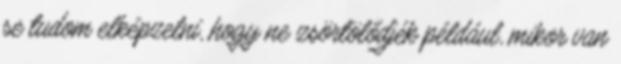
se tudom elképzelni, hogy ne zsörtölődjék például, mikor van